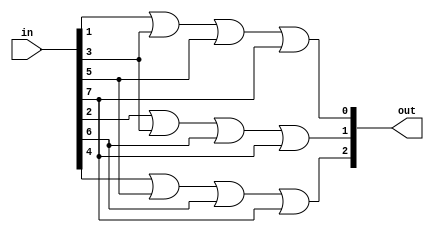
module encoder8to3(in, out);

input [7:0] in;
output wire [2:0] out;

assign out[0] = in[1] | in[3] | in[5] | in[7];
assign out[1] = in[2] | in[3] | in[6] | in[7];
assign out[2] = in[4] | in[5] | in[6] | in[7];

endmodule